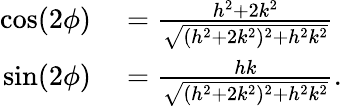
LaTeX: \begin{array}{rl}{\cos(2\phi)}&{{}=\frac{h^{2}+2k^{2}}{\sqrt{(h^{2}+2k^{2})^{2}+h^{2}k^{2}}}}\\ {\sin(2\phi)}&{{}=\frac{hk}{\sqrt{(h^{2}+2k^{2})^{2}+h^{2}k^{2}}}.}\end{array}